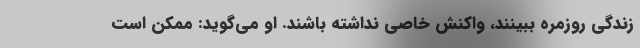
زندگی روزمره ببینند، واکنش خاصی نداشته باشند. او می‌گوید: ممکن است